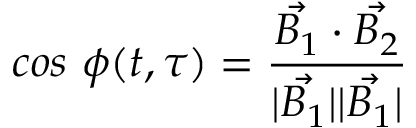
c o s \ \phi ( t , \tau ) = \frac { \vec { B _ { 1 } } \cdot \vec { B _ { 2 } } } { | \vec { B _ { 1 } } | | \vec { B _ { 1 } } | }